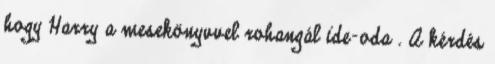
hogy Harry a mesekönyvvel rohangál ide-oda . A kérdés